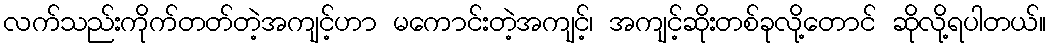
လက်သည်းကိုက်တတ်တဲ့အကျင့်ဟာ မကောင်းတဲ့အကျင့်၊ အကျင့်ဆိုးတစ်ခုလို့တောင် ဆိုလို့ရပါတယ်။